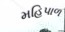
મહિપાળ